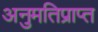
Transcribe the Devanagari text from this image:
अनुमतिप्राप्त